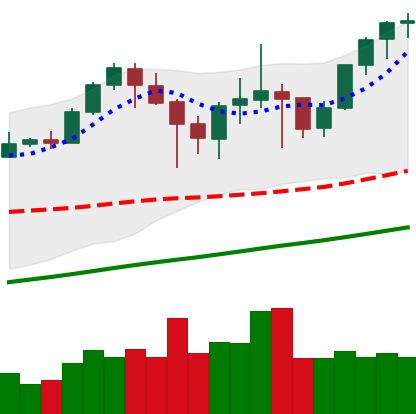
Ticker: ETH-USD
Chart end date: 2021-04-29
Forward return: 18.019%
Label: up_7plus